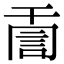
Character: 𧦸